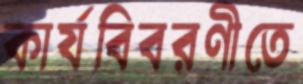
কার্যবিবরণীতে